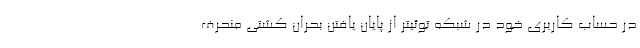
در حساب کاربری خود در شبکه توئیتر از پایان یافتن بحران کشتی منحرف